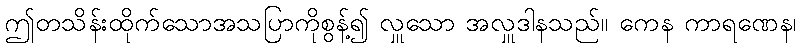
ဤတသိန်းထိုက်သောအသပြာကိုစွန့်၍ လှူသော အလှူဒါနသည်။ ကေန ကာရဏေန၊